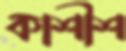
কাশীশ